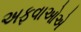
અફવાઓએ